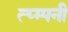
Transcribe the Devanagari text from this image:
त्य्म्पनी